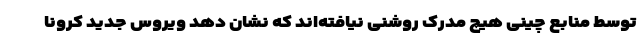
توسط منابع چینی هیچ مدرک روشنی نیافته‌اند که نشان دهد ویروس جدید کرونا